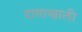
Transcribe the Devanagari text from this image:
दाताखाली